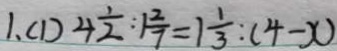
1 、 ( 1 ) 4 \frac { 1 } { 2 } : 1 \frac { 2 } { 7 } = 1 \frac { 1 } { 3 } : ( 4 - x )